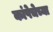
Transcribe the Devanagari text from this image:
कांपेचेच्या